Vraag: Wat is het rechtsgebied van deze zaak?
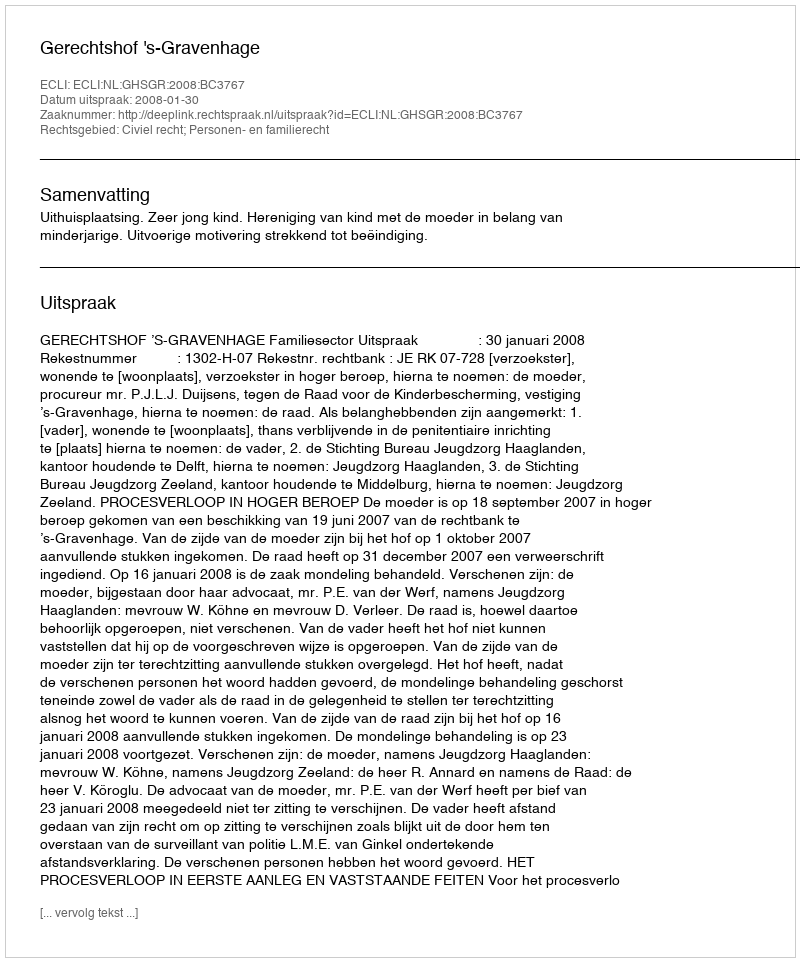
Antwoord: Civiel recht; Personen- en familierecht